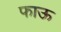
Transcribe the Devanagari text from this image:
फाऊ